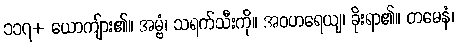
၁၁၇+ ယောကျ်ား၏။ အမ္ဗံ၊ သရက်သီးကို။ အဝဟရေယျ၊ ခိုးရာ၏။ တမေနံ၊